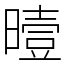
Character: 曀